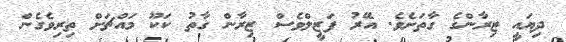
ދިޔައީ ޒިރާންގެ ގާތަށެވެ. އޭރު ފަޒީލްވެސް ޒިރާން ގާތު ކަކޫ މައްޗަށް ތިރިވެގެން